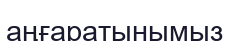
аңғаратынымыз